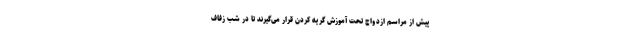
پیش از مراسم ازدواج تحت آموزش گریه کردن قرار می‌گیرند تا در شب زفاف